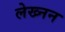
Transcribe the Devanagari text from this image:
लेख्नन